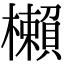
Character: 櫴